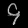
Digit: ၄